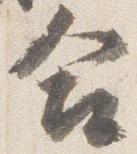
合